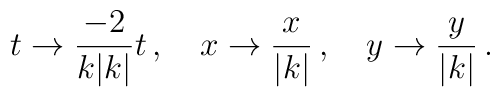
t \to {\frac {-2} {k|k|}}t \, , \, \, \, \, \, \, x \to {\frac {x} {|k|}}\, , \, \, \, \, \, \, y \to {\frac {y} {|k|}}\, .